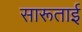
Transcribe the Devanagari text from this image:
सारूताई